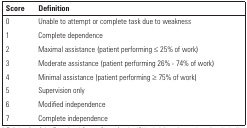
<table><thead><tr><td><b>Score</b></td><td><b>Definition</b></td></tr></thead><tbody><tr><td>0</td><td>Unable to attempt or complete task due toweakness</td></tr><tr><td>1</td><td>Complete dependence</td></tr><tr><td>2</td><td>Maximal assistance (patient performing ≤ 25%of work)</td></tr><tr><td>3</td><td>Moderate assistance (patient performing 26% - 74%of work)</td></tr><tr><td>4</td><td>Minimal assistance (patient performing ≥ 75%of work)</td></tr><tr><td>5</td><td>Supervision only</td></tr><tr><td>6</td><td>Modified independence</td></tr><tr><td>7</td><td>Complete independence</td></tr></tbody></table>